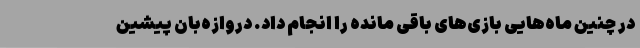
در چنین ماه‌هایی بازی‌های باقی مانده را انجام داد. دروازه‌بان پیشین